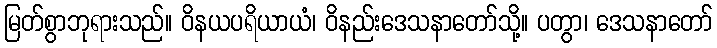
မြတ်စွာဘုရားသည်။ ဝိနယပရိယာယံ၊ ဝိနည်းဒေသနာတော်သို့။ ပတွာ၊ ဒေသနာတော်